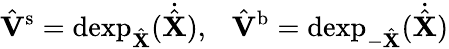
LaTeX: \hat{\mathbf{V}}{^{\mathrm{s}}}=\mathrm{dexp}_{\hat{\mathbf{X}}}(\dot{\hat{\mathbf{X}}}),\ \ \ \hat{\mathbf{V}}{^{\mathrm{b}}}=\mathrm{dexp}_{-\hat{\mathbf{X}}}(\dot{\hat{\mathbf{X}}})